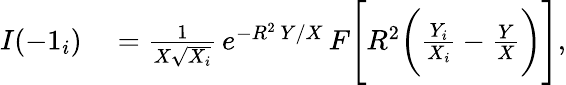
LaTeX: \begin{array}{rl}{I(-1_{i})}&{{}=\frac{1}{X\sqrt{X_{i}}}\, e^{-R^{2}\, Y/X}\, F\Bigg[R^{2}\bigg(\frac{Y_{i}}{X_{i}}-\frac{Y}{X}\bigg)\Bigg],}\end{array}